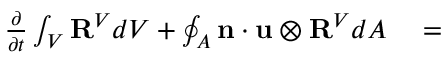
\begin{array} { r l } { \frac { \partial } { \partial t } \int _ { V } \mathbf { R } ^ { V } d V + \oint _ { A } \mathbf { n } \cdot \mathbf { u } \otimes \mathbf { R } ^ { V } d A } & { { } = } \end{array}